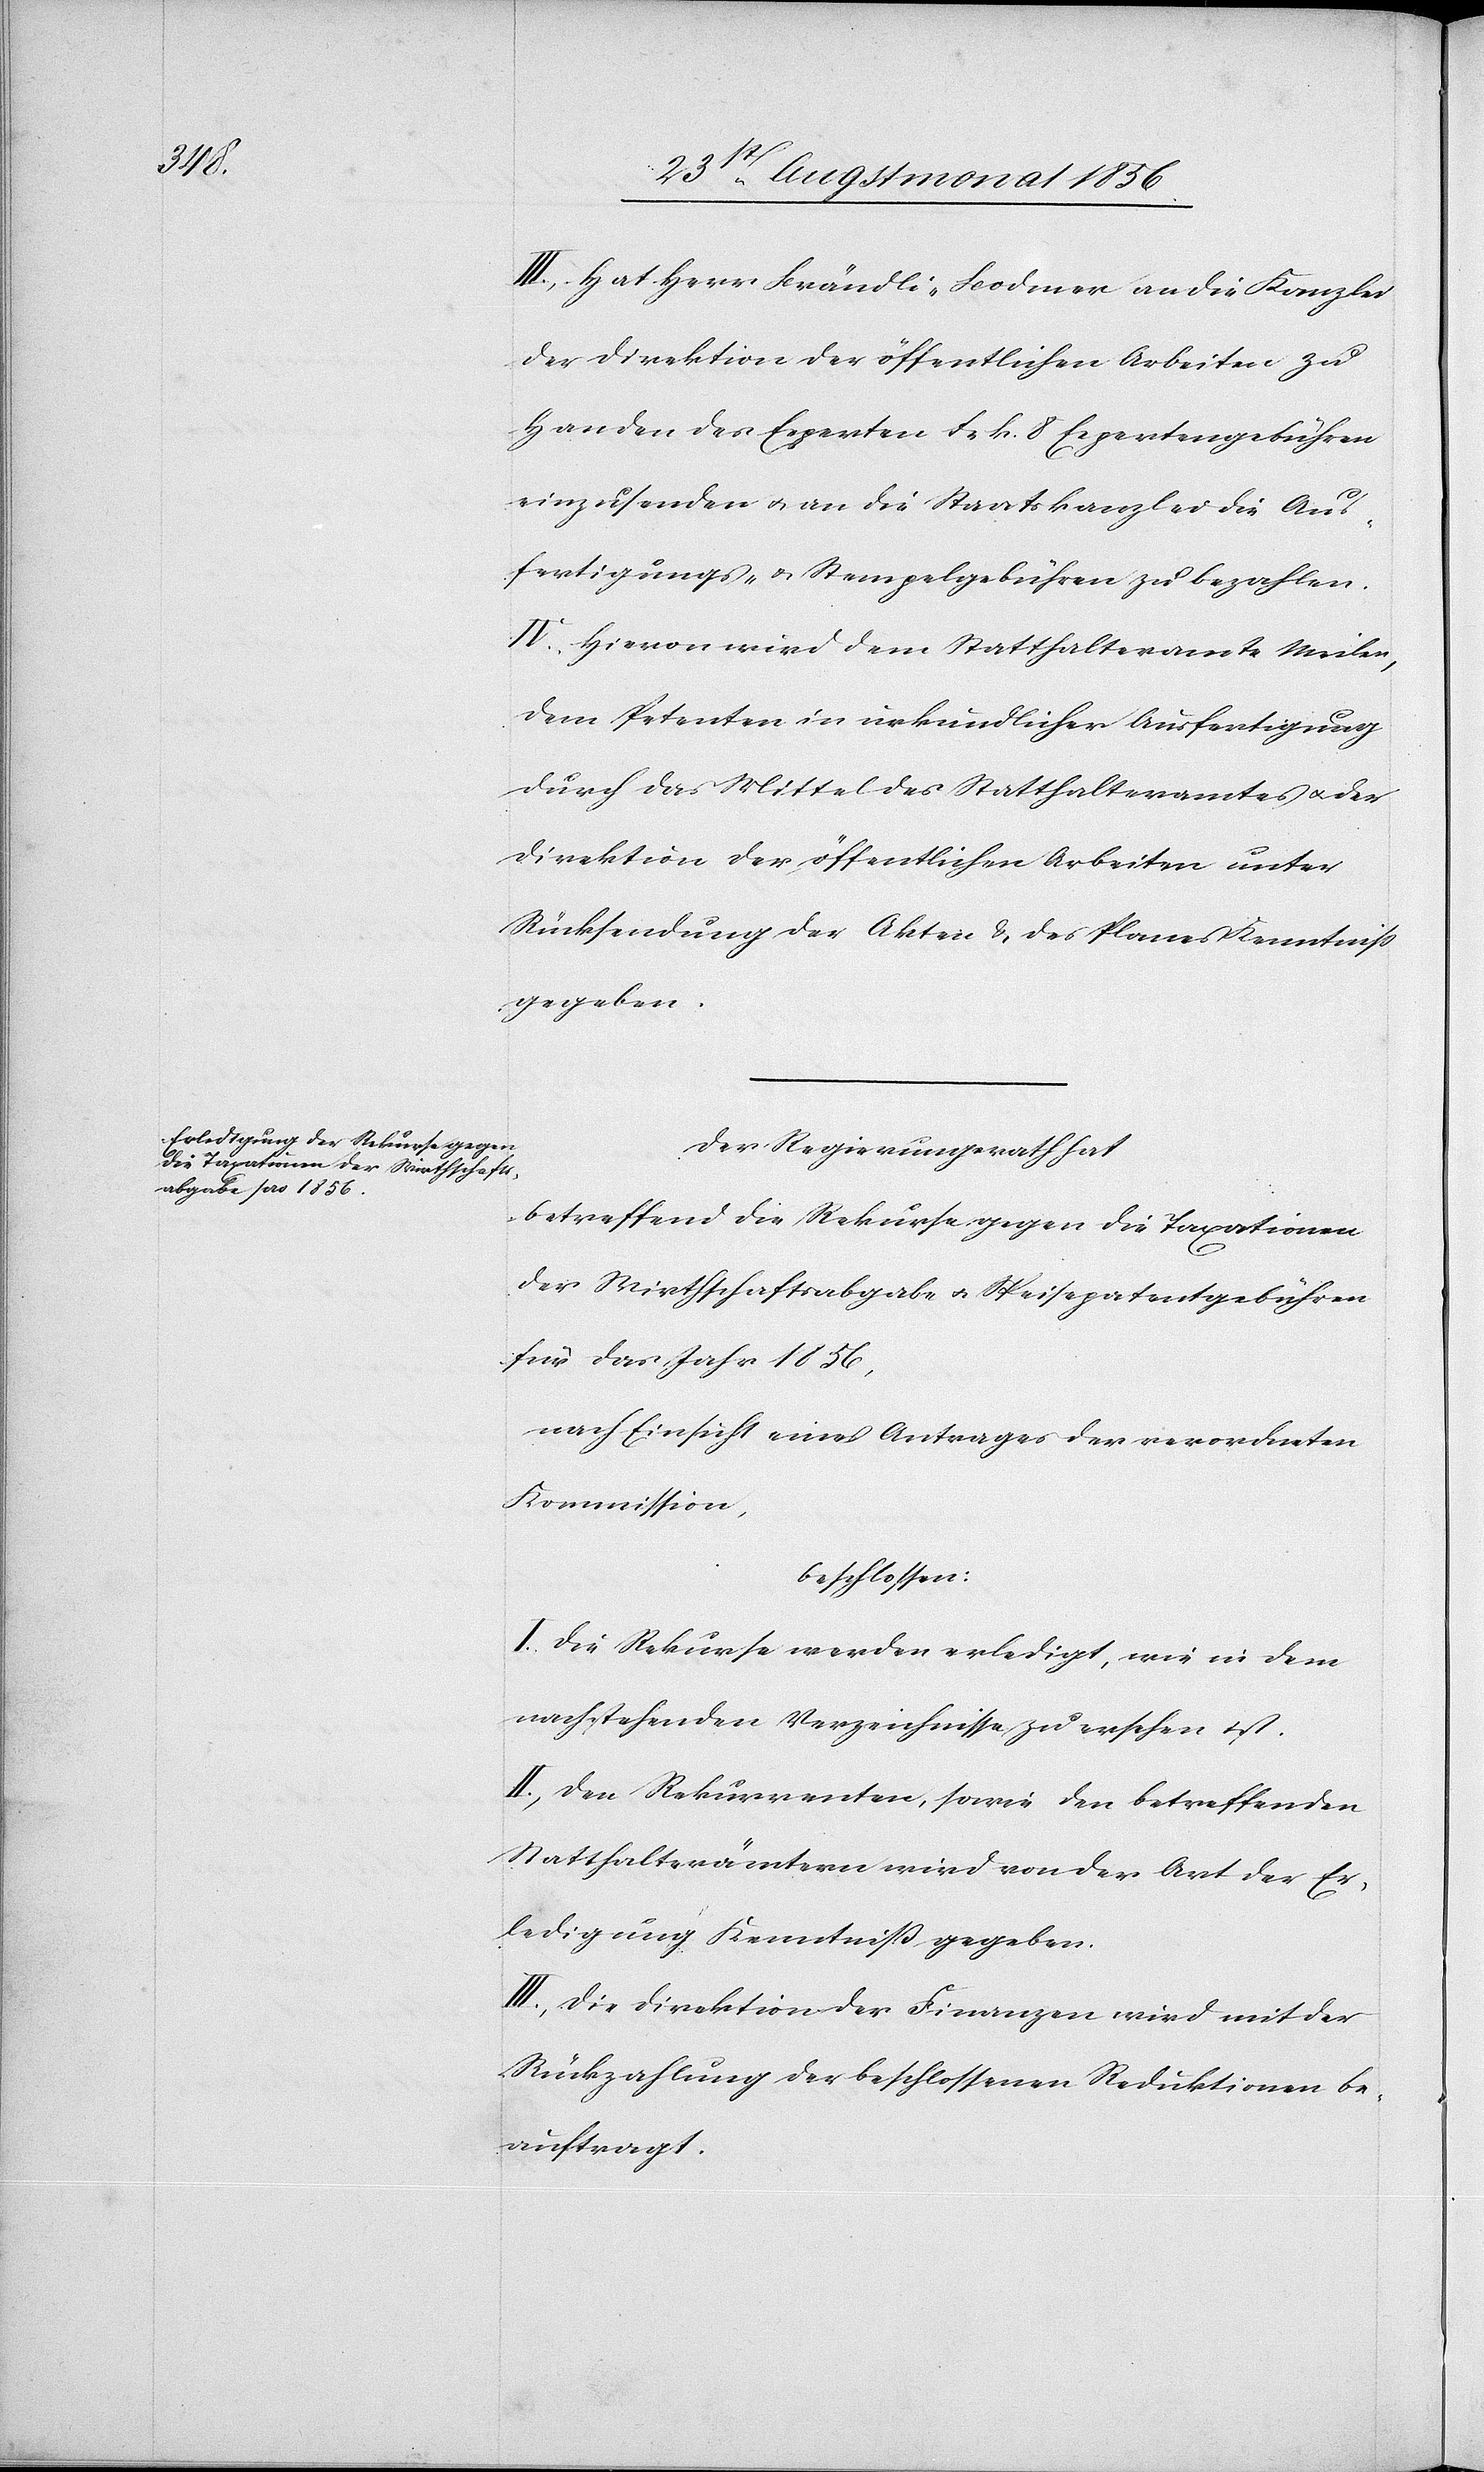
III.) Hat Herr Brändli-Bodmer an die Kanzlei
der Direktion der öffentlichen Arbeiten zu
Handen des Experten Frk. 8. Expertengebühren
einzusenden u. an die Staatskanzlei die Aus¬
fertigungs- u. Stempelgebühren zu bezahlen.
IV.) Hievon wird dem Statthalteramte Meilen,
dem Petenten in urkundlicher Ausfertigung
durch das Mittel des Statthalteramtes u. der
Direktion der öffentlichen Arbeiten unter
Rücksendung der Akten & des Planes Kenntniss
gegeben.
Der Regierungsrath hat
betreffend die Rekurse gegen die Taxationen
der Wirthschaftsabgabe u. Speisepatentgebühren
für das Jahr 1856,
nach Einsicht eines Antrages der verordneten
Kommission,
beschlossen:
I.) Die Rekurse werden erledigt, wie in dem
nachstehenden Verzeichnisse zu ersehen ist.
II.) Den Rekurrenten, sowie den betreffenden
Statthalterämtern wird von der Art der Er¬
ledigung Kenntniss gegeben.
III.) Die Direktion der Finanzen wird mit der
Rückzahlung der beschlossenen Reduktionen be¬
auftragt.